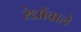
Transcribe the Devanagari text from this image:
रंध्रोंवाले